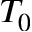
T _ { 0 }